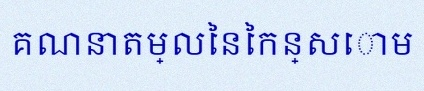
គណនាតម្លៃនៃកន្សោម